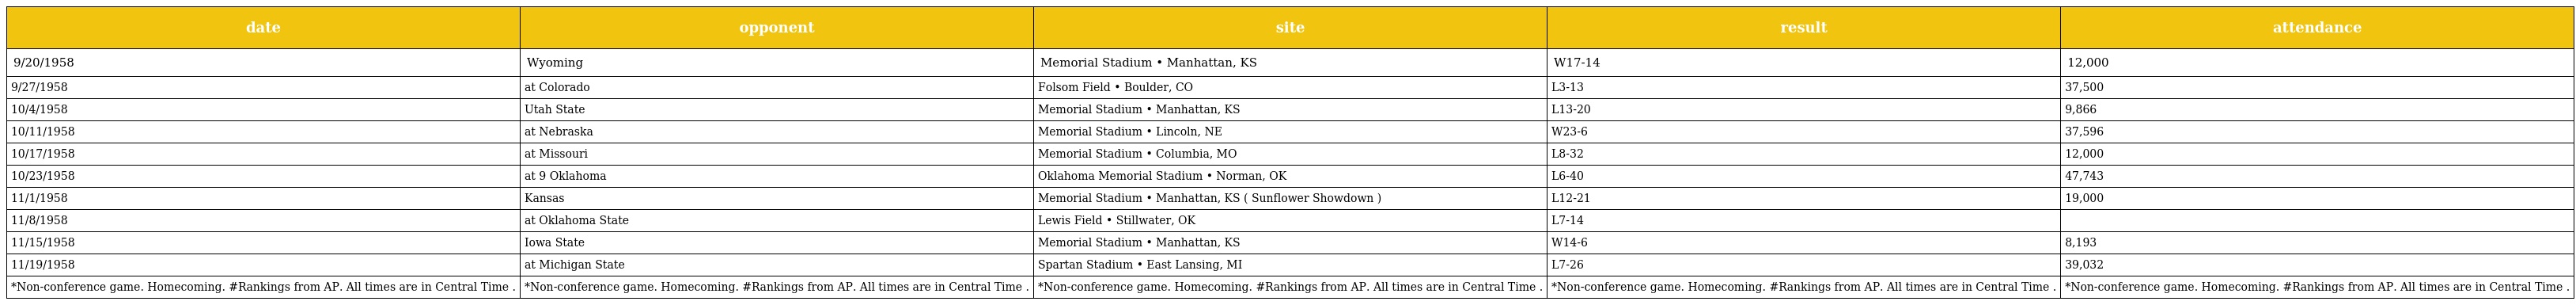
| date | opponent | site | result | attendance |
 | --- | --- | --- | --- | --- |
 | 9/20/1958 | Wyoming | Memorial Stadium • Manhattan, KS | W17-14 | 12,000 |
 | 9/27/1958 | at Colorado | Folsom Field • Boulder, CO | L3-13 | 37,500 |
 | 10/4/1958 | Utah State | Memorial Stadium • Manhattan, KS | L13-20 | 9,866 |
 | 10/11/1958 | at Nebraska | Memorial Stadium • Lincoln, NE | W23-6 | 37,596 |
 | 10/17/1958 | at Missouri | Memorial Stadium • Columbia, MO | L8-32 | 12,000 |
 | 10/23/1958 | at 9 Oklahoma | Oklahoma Memorial Stadium • Norman, OK | L6-40 | 47,743 |
 | 11/1/1958 | Kansas | Memorial Stadium • Manhattan, KS ( Sunflower Showdown ) | L12-21 | 19,000 |
 | 11/8/1958 | at Oklahoma State | Lewis Field • Stillwater, OK | L7-14 |  |
 | 11/15/1958 | Iowa State | Memorial Stadium • Manhattan, KS | W14-6 | 8,193 |
 | 11/19/1958 | at Michigan State | Spartan Stadium • East Lansing, MI | L7-26 | 39,032 |
 | *Non-conference game. Homecoming. #Rankings from AP. All times are in Central Time . | *Non-conference game. Homecoming. #Rankings from AP. All times are in Central Time . | *Non-conference game. Homecoming. #Rankings from AP. All times are in Central Time . | *Non-conference game. Homecoming. #Rankings from AP. All times are in Central Time . | *Non-conference game. Homecoming. #Rankings from AP. All times are in Central Time . |